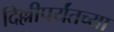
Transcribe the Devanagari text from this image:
दिल्लीपर्यंतच्या